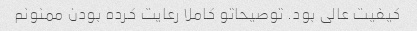
کیفیت عالی بود. توصیحاتو کاملا رعایت کرده بودن ممنونم